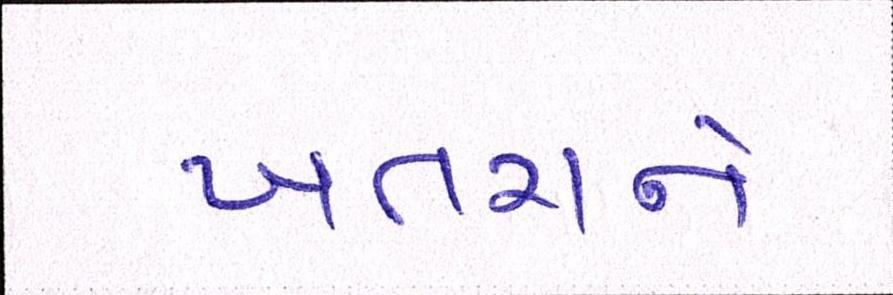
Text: ખતરાને